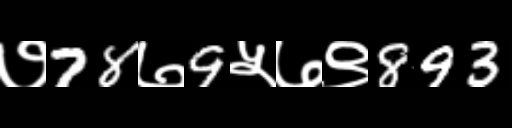
Text: ७78७9५७९893